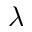
\lambda